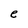
Character: e